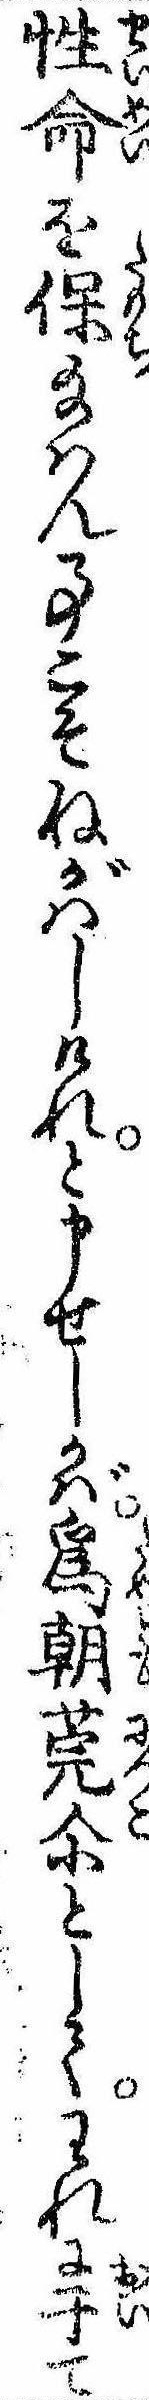
性命を保給はん事こそねがはしけれと申せしかば為朝莞爾としてわれに于て